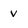
Character: v